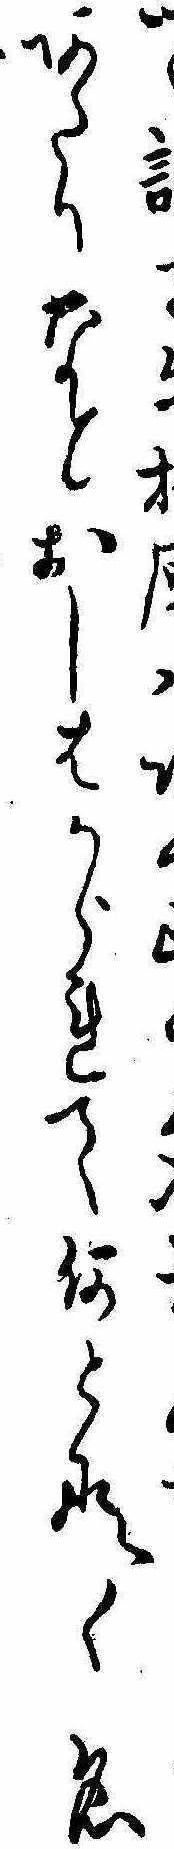
つゝる原あたりなとおしはかられて何となく名